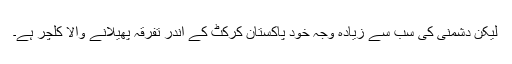
لیکن دشمنی کی سب سے زیادہ وجہ خود پاکستان کرکٹ کے اندر تفرقہ پھیلانے والا کلچر ہے۔